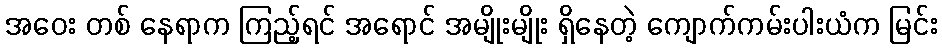
အဝေး တစ် နေရာက ကြည့်ရင် အရောင် အမျိုးမျိုး ရှိနေတဲ့ ကျောက်ကမ်းပါးယံက မြင်း